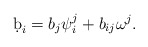
\begin{align*}\d b_i=b_j\psi^j_i+b_{ij}\omega^j. \end{align*}